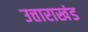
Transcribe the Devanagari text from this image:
उत्ताराखंड